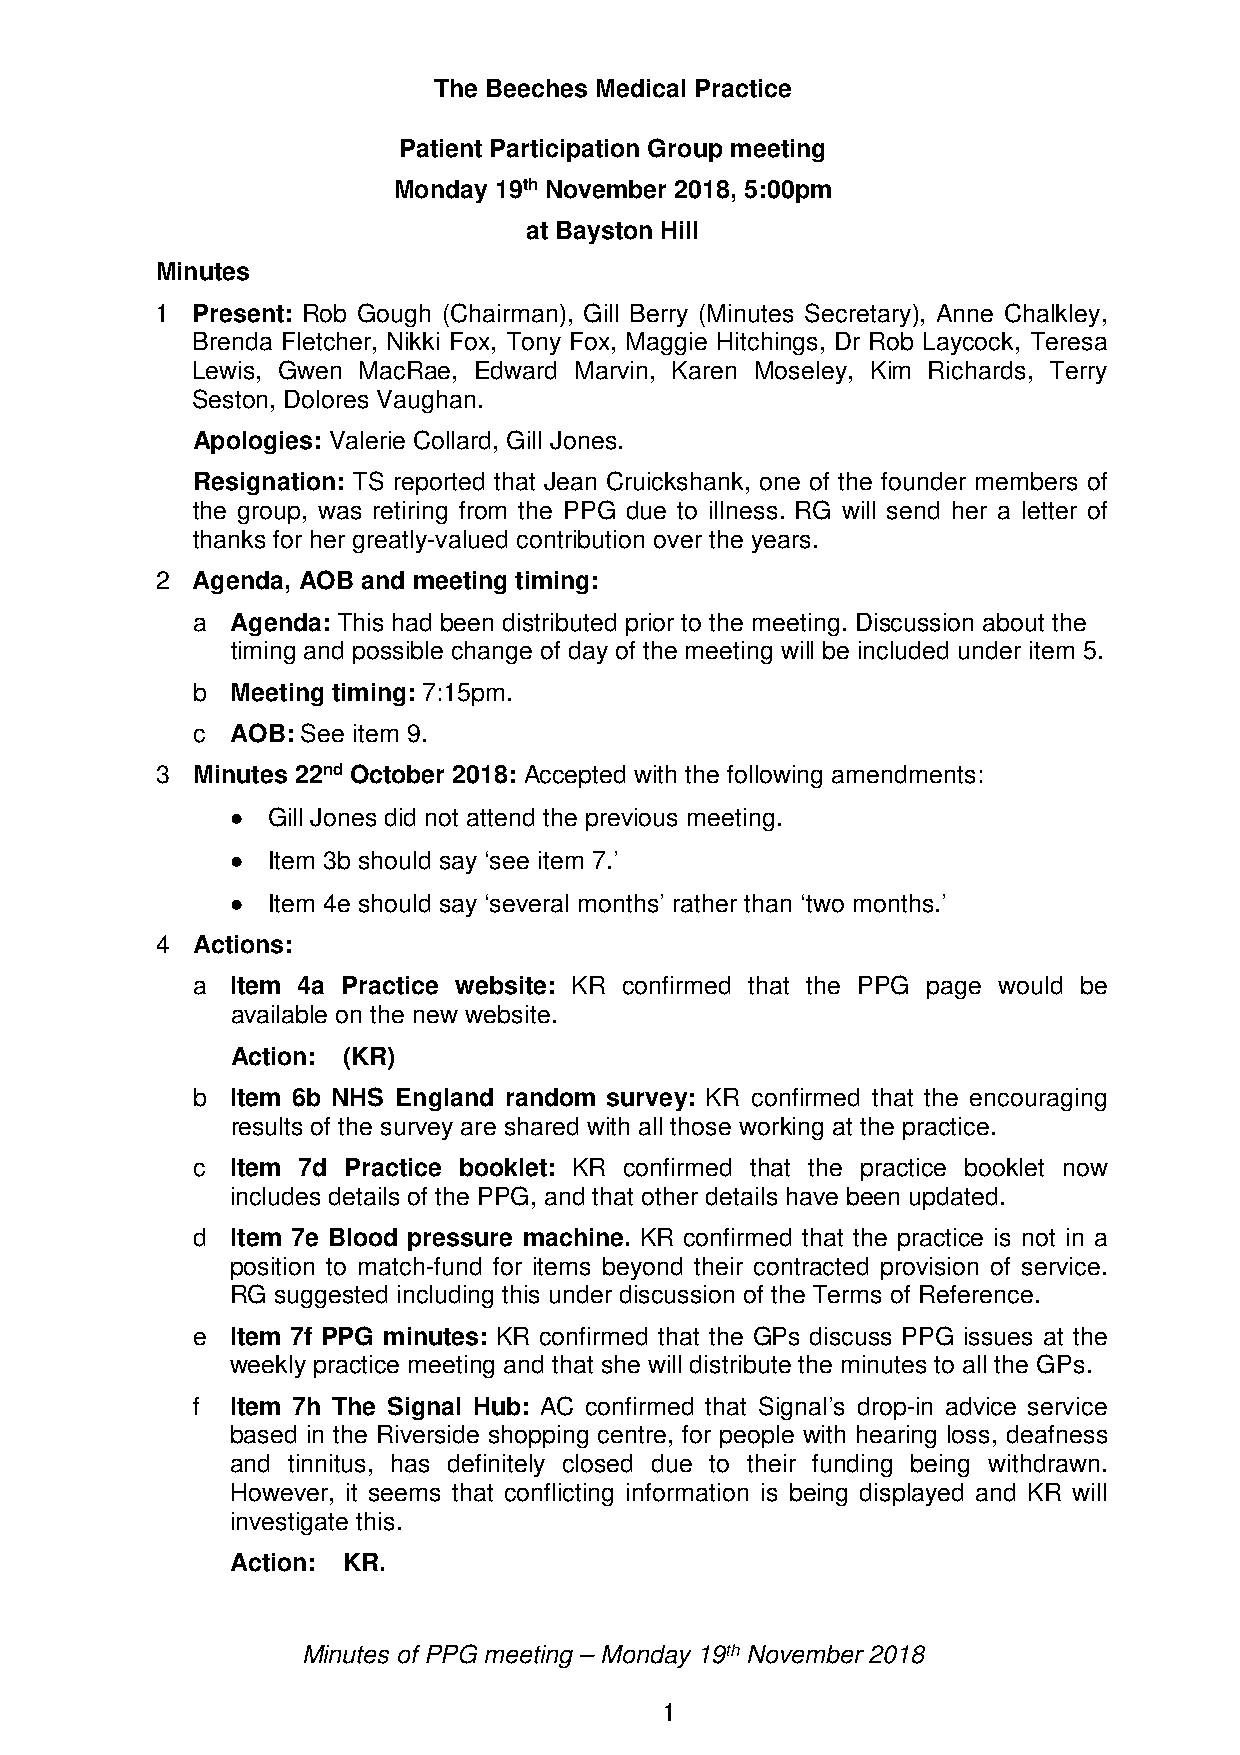
The Beeches Medical Practice
 Patient Participation Group meeting
 Monday 19th November 2018, 5:00pm
 at Bayston Hill
 Minutes
 1  Present: Rob Gough (Chairman), Gill Berry (Minutes Secretary), Anne Chalkley,
 Brenda Fletcher, Nikki Fox, Tony Fox, Maggie Hitchings, Dr Rob Laycock, Teresa
 Lewis, Gwen MacRae, Edward Marvin, Karen Moseley, Kim Richards, Terry
 Seston, Dolores Vaughan.
 Apologies: Valerie Collard, Gill Jones.
 Resignation: TS reported that Jean Cruickshank, one of the founder members of
 the group, was retiring from the PPG due to illness. RG will send her a letter of
 thanks for her greatly-valued contribution over the years.
 2  Agenda, AOB and meeting timing:
 a Agenda: This had been distributed prior to the meeting. Discussion about the
 timing and possible change of day of the meeting will be included under item 5.
 b Meeting timing: 7:15pm.
 c AOB: See item 9.
 3  Minutes 22nd October 2018: Accepted with the following amendments:
 •  Gill Jones did not attend the previous meeting.
 •  Item 3b should say ‘see item 7.’
 •  Item 4e should say ‘several months’ rather than ‘two months.’
 4  Actions:
 a Item 4a Practice website: KR confirmed that the PPG page would be
 available on the new website.
 Action: (KR)
 b Item 6b NHS England random survey: KR confirmed that the encouraging
 results of the survey are shared with all those working at the practice.
 c Item 7d Practice booklet: KR confirmed that the practice booklet now
 includes details of the PPG, and that other details have been updated.
 d Item 7e Blood pressure machine. KR confirmed that the practice is not in a
 position to match-fund for items beyond their contracted provision of service.
 RG suggested including this under discussion of the Terms of Reference.
 e Item 7f PPG minutes: KR confirmed that the GPs discuss PPG issues at the
 weekly practice meeting and that she will distribute the minutes to all the GPs.
 f Item 7h The Signal Hub: AC confirmed that Signal’s drop-in advice service
 based in the Riverside shopping centre, for people with hearing loss, deafness
 and tinnitus, has definitely closed due to their funding being withdrawn.
 However, it seems that conflicting information is being displayed and KR will
 investigate this.
 Action: KR.
 Minutes of PPG meeting – Monday 19th November 2018
 1